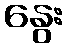
နွေး